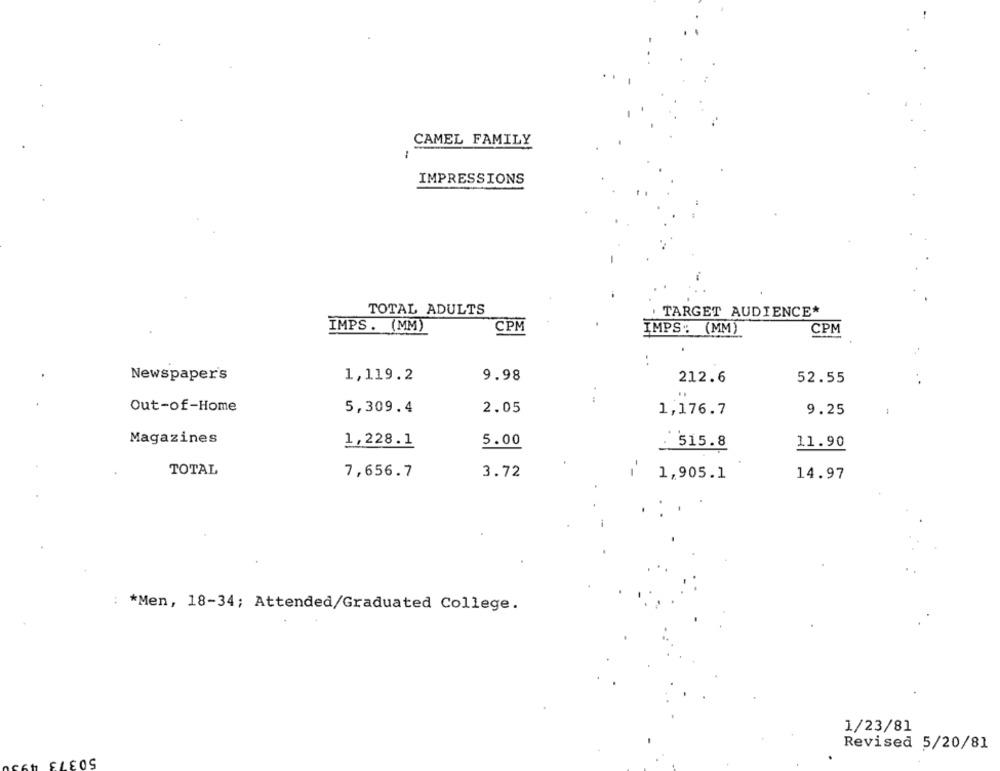
CAMEL FAMILY
IMPRESSIONS
TOTAL ADULTS
TARGET AUDIENCE*
IMPS. (MM)
CPM
IMPS :: (MM)
CPM
Newspaper's
1,119.2
9.98
212.6
52.55
Out-of-Home
5,309.4
2.05
1,176.7
9.25
Magazines
1,228.1
5.00
. 515.8
11.90
TOTAL
7,656.7
3.72
1,905.1
14.97
: * Men, 18-34; Attended/Graduated College.
1/23/81
Revised 5/20/81
50373